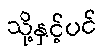
သို့နှင့်ပင်